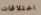
اختلافات